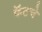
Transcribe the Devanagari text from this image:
फॅटचे